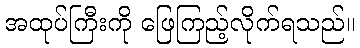
အထုပ်ကြီးကို ဖြေကြည့်လိုက်ရသည်။